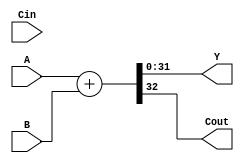
module KSA32(
	input [31:0] A,
	input [31:0] B,
	input Cin,
	output [31:0] Y,
	output Cout
);


	/*
		32-bit Kogge-stone adder
		
		Note) For n-bit adder, KSA needs log2(n) level of tree.
		32bit needs 5 level
	*/
	
/*

	//First level of KSA
	wire [31:0] P_1;
	wire [31:0] G_1;
	assign P_1 = A ^ B;
	assign G_1 = A & B;
	
	//Second level of KSA
	wire [31:0] P_2;
	wire [31:0] G_2;
	assign P_2 = {P_1 };
	assign G_2 = {};
	
	
	//Third level of KSA
	
	//Fourth level of KSA
	
	//Fifth level of KSA
	
*/
	
	//temp implementation
	wire [32:0] result;
	assign result = A + B;
	
	assign Y = result[31:0];
	assign Cout = result[32];
	
endmodule